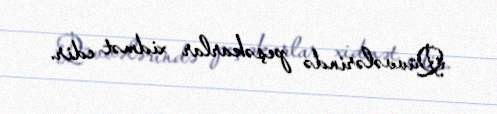
Qüvvələrində peşəkarlar xidmət edir.